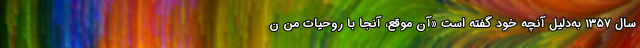
سال ۱۳۵۷ به‌دلیل آنچه خود گفته‌ است «آن موقع، آنجا با روحیات من ن